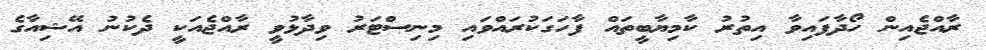
ރާއްޖެއިން ހޯދާފައިވާ އިތުރު ކާމިޔާބީތައް ފާހަގަކުރައްވައި މިނިސްޓަރު ވިދާޅުވީ ރާއްޖެއަކީ ދެކުނު އޭޝިއާގެ